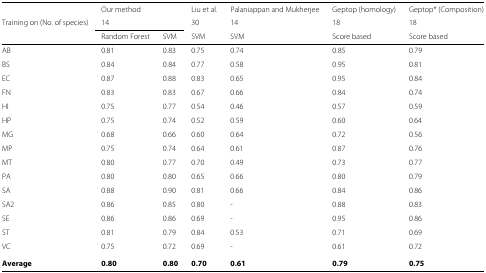
|  | <COLSPAN=2> Our method | Liu et al. | Palaniappan and Mukherjee | Geptop (homology) | Geptop* (Composition) |
 | Training on (No. of species) | <COLSPAN=2> 14 | 30 | 14 | 18 | 18 |
 |  | Random Forest | SVM | SVM | SVM | Score based | Score based |
 | --- | --- | --- | --- | --- | --- | --- |
 | AB | 0.81 | 0.83 | 0.75 | 0.74 | 0.85 | 0.79 |
 | BS | 0.84 | 0.84 | 0.77 | 0.58 | 0.95 | 0.81 |
 | EC | 0.87 | 0.88 | 0.83 | 0.65 | 0.95 | 0.84 |
 | FN | 0.83 | 0.83 | 0.67 | 0.66 | 0.84 | 0.74 |
 | HI | 0.75 | 0.77 | 0.54 | 0.46 | 0.57 | 0.59 |
 | HP | 0.75 | 0.74 | 0.52 | 0.59 | 0.60 | 0.64 |
 | MG | 0.68 | 0.66 | 0.60 | 0.64 | 0.72 | 0.56 |
 | MP | 0.75 | 0.74 | 0.64 | 0.61 | 0.87 | 0.76 |
 | MT | 0.80 | 0.77 | 0.70 | 0.49 | 0.73 | 0.77 |
 | PA | 0.80 | 0.80 | 0.65 | 0.66 | 0.80 | 0.79 |
 | SA | 0.88 | 0.90 | 0.81 | 0.66 | 0.84 | 0.86 |
 | SA2 | 0.86 | 0.85 | 0.80 | - | 0.88 | 0.83 |
 | SE | 0.86 | 0.86 | 0.69 | - | 0.95 | 0.86 |
 | ST | 0.81 | 0.79 | 0.84 | 0.53 | 0.71 | 0.69 |
 | VC | 0.75 | 0.72 | 0.69 | - | 0.61 | 0.72 |
 | Average | 0.80 | 0.80 | 0.70 | 0.61 | 0.79 | 0.75 |